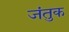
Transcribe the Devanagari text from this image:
जंतुक